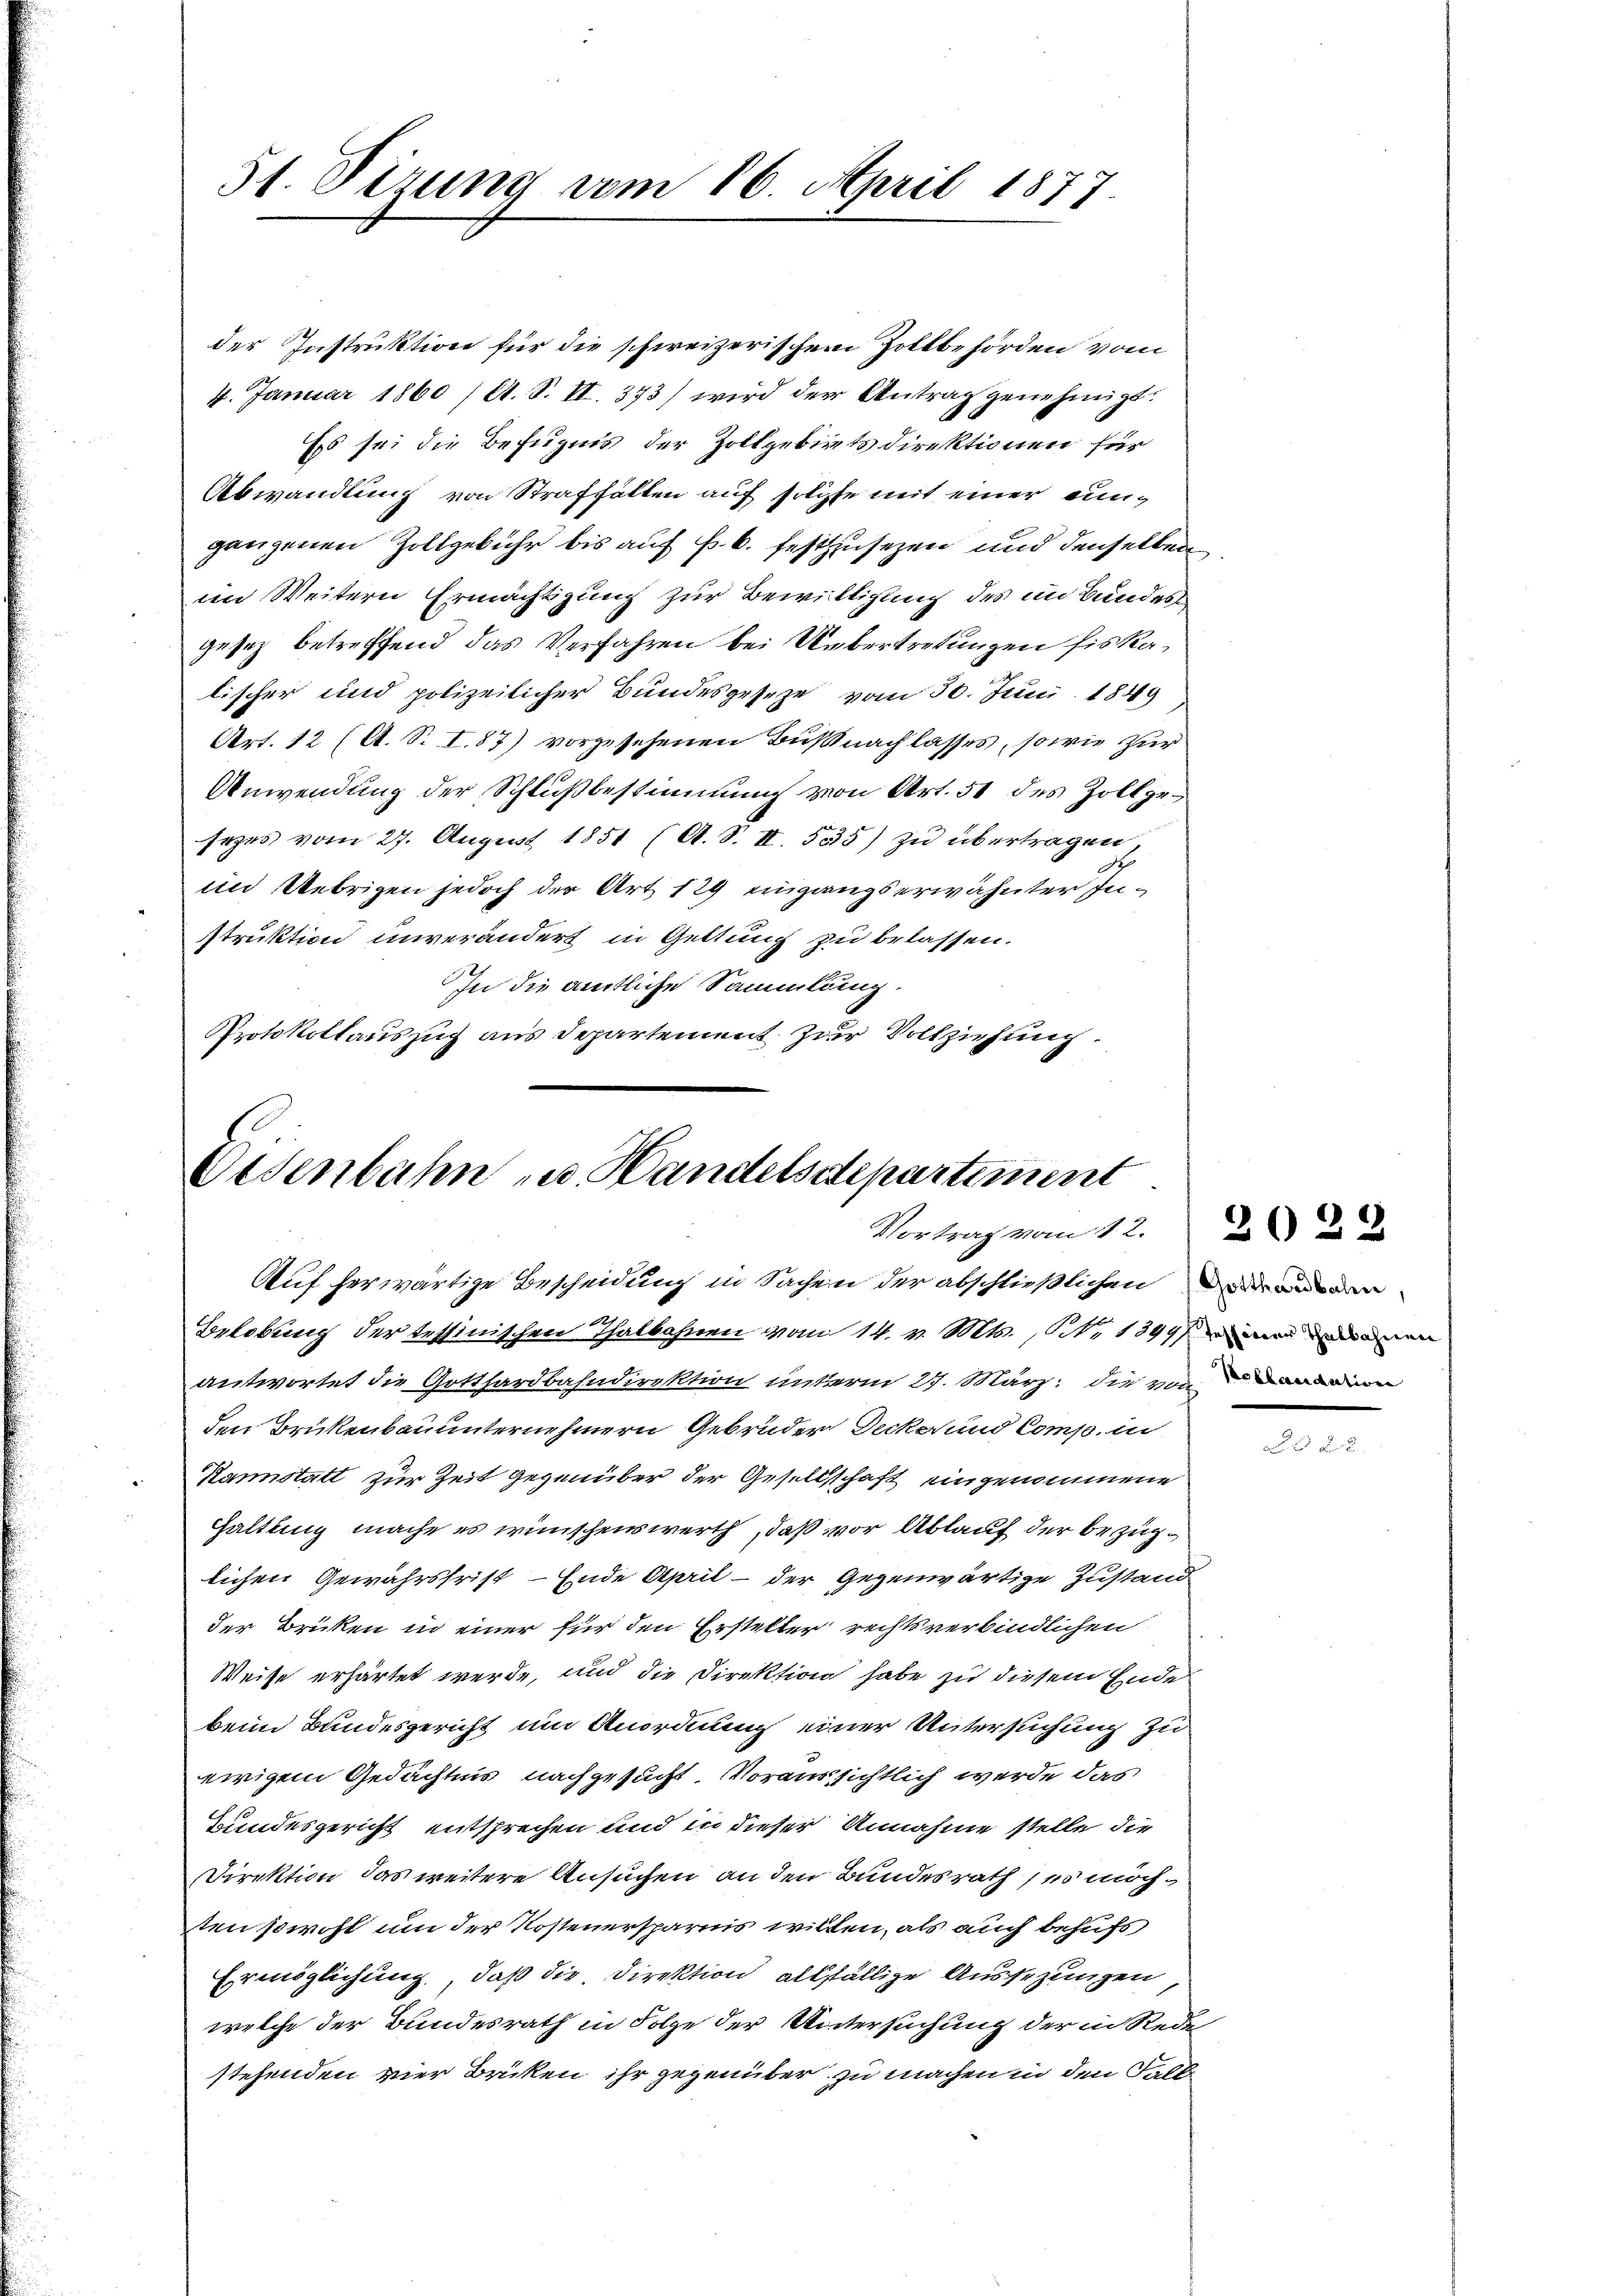
51. Vizung vom 16. April 1877.

der Instruktion für die schweizerischen Zollbehörden vom
4. Januar 1860 (lt. S. II. 373) wird der Antrag genehmigt.
Ess sei die Befugnis der Zollgebiets direktionen für
Abwandlung von Straffällen auf solche mit einer einganzenen Zollgebühr bis auf f. b. festzusezen und denselben
im Weitern Ermächtigung zur Bewilligung des im Bundes
gesez betreffend das Verfahren bei Uebertretungen fiskalischer und polizeilicher Bundesgesetze vom 30. Juni 1849
Art. 12 (A. S. I.87) vorzusehenen Bußnachlasses, sowie zur
Anwendung der Schlußbestimmung von Art. 51 des Zollgesezes vom 27. August 1851 (A. S. II. 535) zu übertragen,
im Uebrigen jedoch der Art. 129 eingangserwähnter Instruktion unverändert in Geltung zu belassen.
In die amtliche Sammlung.
Protokollauszug aus Departement zur Vollziehung.

Disenbahn u. Handelsdepartement
Vortrag vom 12.
Auf herwärtige Bescheidung in Sachen der abschließlichen andern

Belobung der tessinischen Thalbahnen vom 14. v. Mts., N. 1399 einer einen
antwortet die Gotthardbahndirektion unterm 27. März die von ein
den Brükenbauunternehmern Gebrüder Decke und Comp. in
Kannstatt zur Zeit gegenüber der Gesellschaft eingenommene
Haltling mache es wünschenswerth, daß vor Ablauf der bezüglichen Gewährsfrist - Ende April - der Gegenwärtige Zustand
der Briken in einer für den Ersteller rechtsverbindlichen
Weise erhärtet werde, und die Direktion habe zu diesem Ende
beim Bundesgericht um Anordnung einer Untersuchung zu
ewigem Gedächtnis nachgesucht. Voraussichtlich werde das
Bundesgericht entsprechen und in dieser Annahme stelle die
Direktion das weitere Ansuchen an den Bundesrath es möchten sowohl um der Kosteuersparnis willen, als auch behufs
Ermöglichung, daß die Direktion allfällige Aussezungen
welche der Bundesrath in Folge der Untersuchung der in Rede
stehenden vier Brücken ihr gegenüber zu machen in den Selte

2022